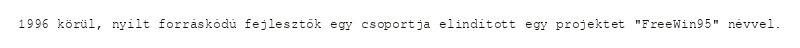
1996 körül, nyílt forráskódú fejlesztők egy csoportja elindított egy projektet "FreeWin95" névvel.